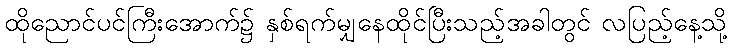
ထိုညောင်ပင်ကြီးအောက်၌ နှစ်ရက်မျှနေထိုင်ပြီးသည့်အခါတွင် လပြည့်နေ့သို့